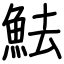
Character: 魼